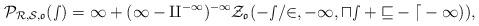
LaTeX: \begin{align*} \cal{P}_{\cal{R},\cal{S},\frak{o}}(s)=1+(1-q^{-1})^{-1}\cal{Z}_\frak{o}(-s/2,-1,us+v-d-1)), \end{align*}